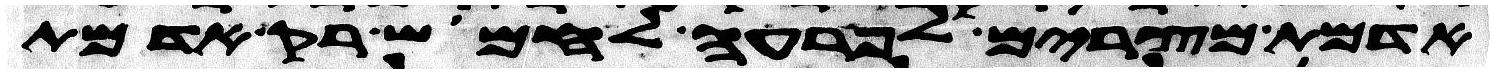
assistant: אדמת מצרים לפרעה לחמוש רק אדמת